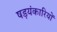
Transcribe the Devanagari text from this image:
षड़यंकारियों